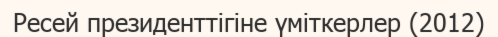
Ресей президенттігіне үміткерлер (2012)